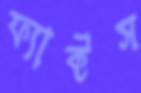
ফ্যাক্টস